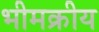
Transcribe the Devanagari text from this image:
भीमक्रीय